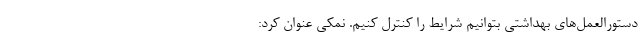
دستورالعمل‌های بهداشتی بتوانیم شرایط را کنترل کنیم. نمکی عنوان کرد: